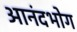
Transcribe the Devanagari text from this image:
आनंदभोग